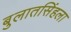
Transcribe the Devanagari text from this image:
बुलातसिंहला